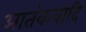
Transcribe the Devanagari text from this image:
आतंकवादि